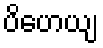
ပိဟေယျ